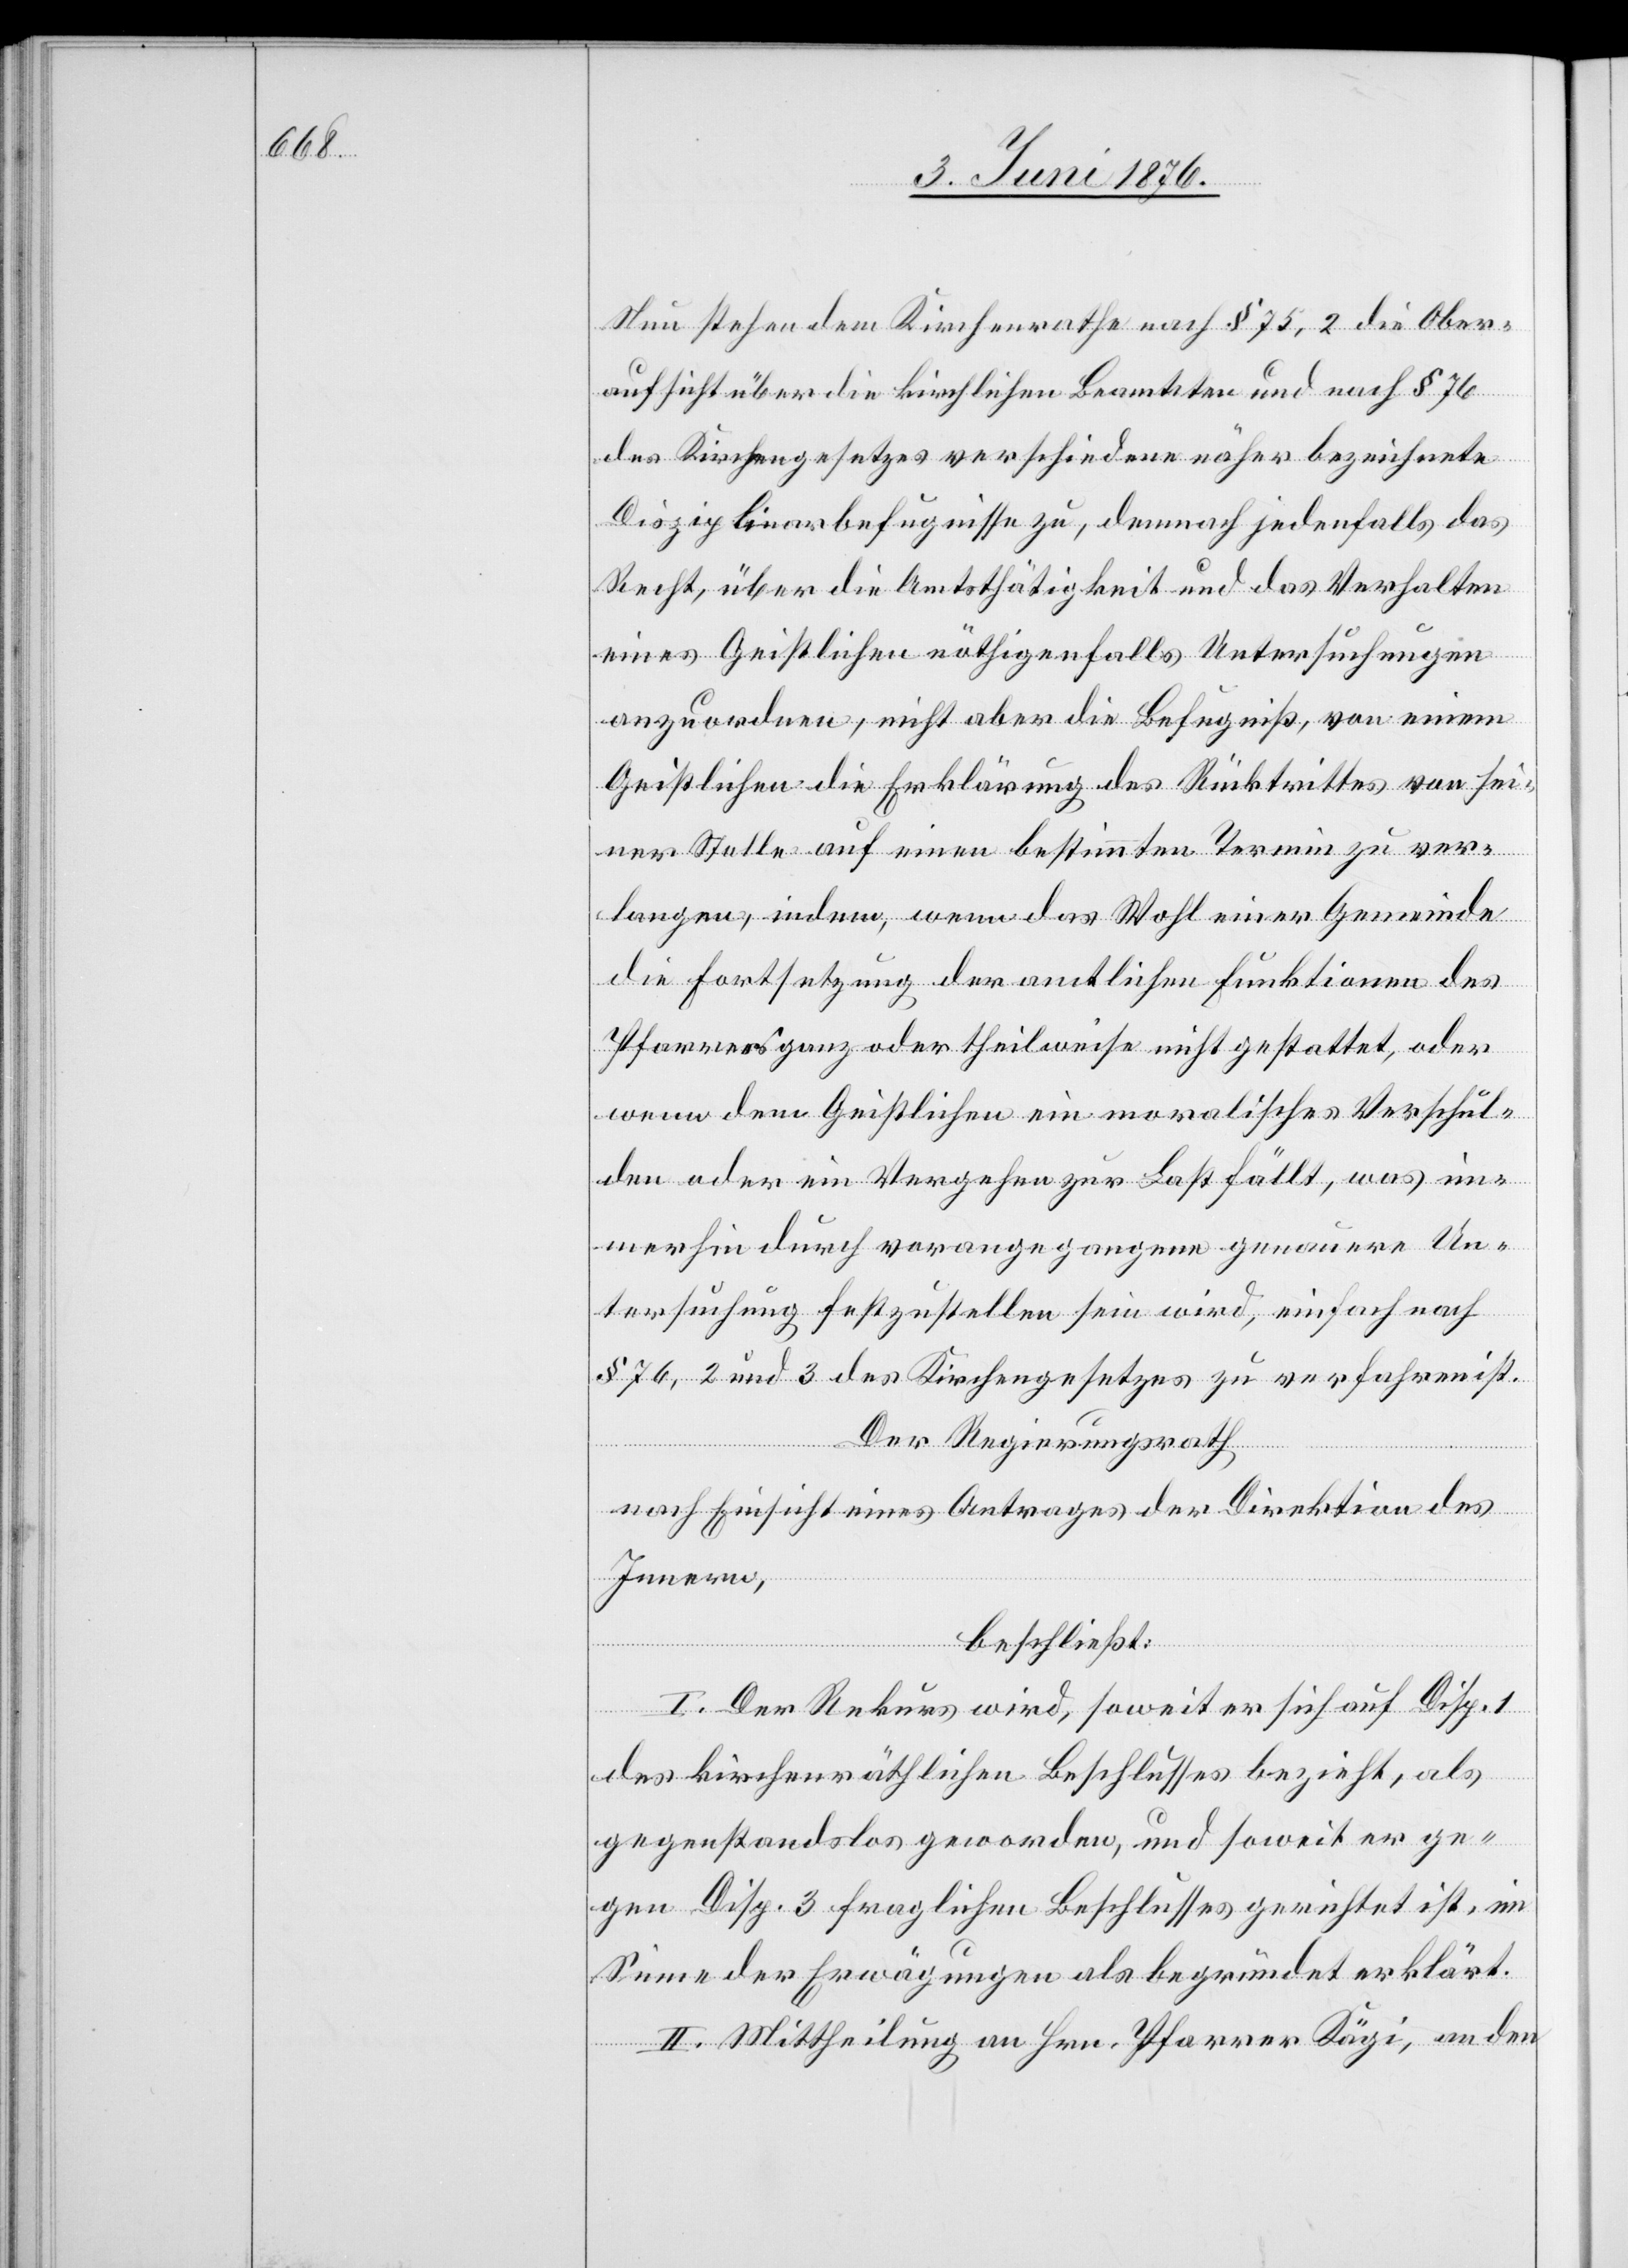
Nun stehen dem Kirchenrathe nach § 75,2 die Ober¬
aufsicht über die kirchlichen Beamteten und nach § 76
des Kirchengesetzes verschiedene näher bezeichnete
Disziplinarbefugnisse zu, demnach jedenfalls das
Recht, über die Amtsthätigkeit und das Verhalten
eines Geistlichen nöthigenfalls Untersuchungen
anzuordnen, nicht aber die Befugniß, von einem
Geistlichen die Erklärung des Rücktrittes von sei¬
ner Stelle auf einen bestimmten Termin zu ver¬
langen, indem, wenn das Wohl einer Gemeinde
die Fortsetzung der amtlichen Funktionen des
Pfarrers ganz oder theilweise nicht gestattet, oder
wenn dem Geistlichen ein moralisches Verschul¬
den oder ein Vergehen zur Last fällt, was im¬
merhin durch vorangegangene genauere Un¬
tersuchung festzustellen sein wird, einfach nach
§ 76,2 und 3 des Kirchengesetzes zu verfahren ist.
Der Regierungsrath
nach Einsicht eines Antrages der Direktion des
Innern,
beschließt:
I. Der Rekurs wird, soweit er sich auf Disp. 1
des kirchenräthlichen Beschlusses bezieht, als
gegenstandslos geworden, und soweit er ge¬
gen Disp. 3 fraglichen Beschlusses gerichtet ist, im
Sinne der Erwägungen als begründet erklärt.
II. Mittheilung an Hrn. Pfarrer Kägi, an den